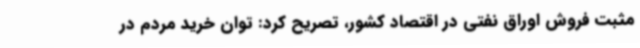
مثبت فروش اوراق نفتی در اقتصاد کشور، تصریح کرد: توان خرید مردم در